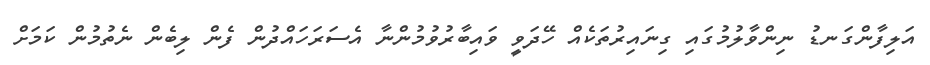
އަލިފާންގަނޑު ނިންވާލުމުގައި ގިނައިރުތަކެއް ހޭދަވީ ވައިބާރުވުމުންނާ އެސަރަހައްދުން ފެން ލިބެން ނެތުމުން ކަމަށް